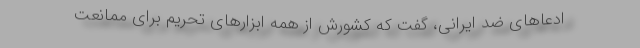
ادعاهای ضد ایرانی، گفت که کشورش از همه ابزار‌های تحریم برای ممانعت